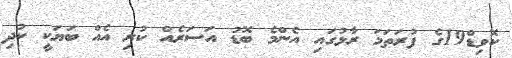
ކޮވިޑް19ގެ ފުރަތަމަ ރާޅުގައި އެންމެ ބޮޑު އަސަރެއް ކުރި އެއް ބަޔަކީ ކުދި